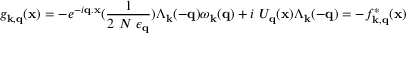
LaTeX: g _ { { \bf { k } } , { \bf { q } } } ( { \bf { x } } ) = - e ^ { - i { \bf { q . x } } } ( \frac { 1 } { 2 \mathrm { ~ } N \mathrm { ~ } \epsilon _ { { \bf { q } } } } ) \Lambda _ { { \bf { k } } } ( - { \bf { q } } ) \omega _ { { \bf { k } } } ( { \bf { q } } ) + i \mathrm { ~ } U _ { { \bf { q } } } ( { \bf { x } } ) \Lambda _ { { \bf { k } } } ( - { \bf { q } } ) = - f _ { { \bf { k } } , { \bf { q } } } ^ { * } ( { \bf { x } } )